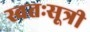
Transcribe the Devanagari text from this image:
स्वतःसूत्री